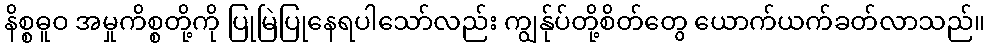
နိစ္စဓူဝ အမှုကိစ္စတို့ကို ပြုမြဲပြုနေရပါသော်လည်း ကျွန်ုပ်တို့စိတ်တွေ ယောက်ယက်ခတ်လာသည်။